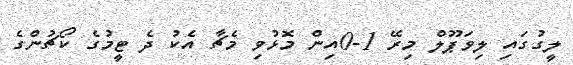
ލީގުގައި ލިވަޕޫލް މިރޭ 1-0އިން މޮޅުވި މެޗާ އެކު ދެ ޓީމުގެ ކޯޗުންގެ